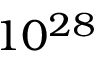
1 0 ^ { 2 8 }